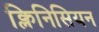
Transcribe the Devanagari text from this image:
क्लिनिसियन